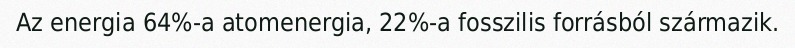
Az energia 64%-a atomenergia, 22%-a fosszilis forrásból származik.